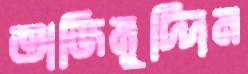
তাজিমুদ্দিন